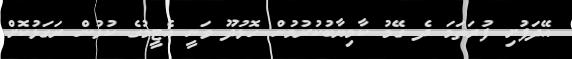
އޭދަފުށި ފުރަތަމަ ދެ ގޭމު ކާމިޔާބުކުރުމުން ހޮޅުދޫ ވަނީ އެޓީމުގެ ކުޅުން ރަގަޅުކޮށް